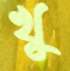
খু